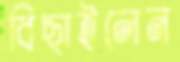
বিছাইলেন